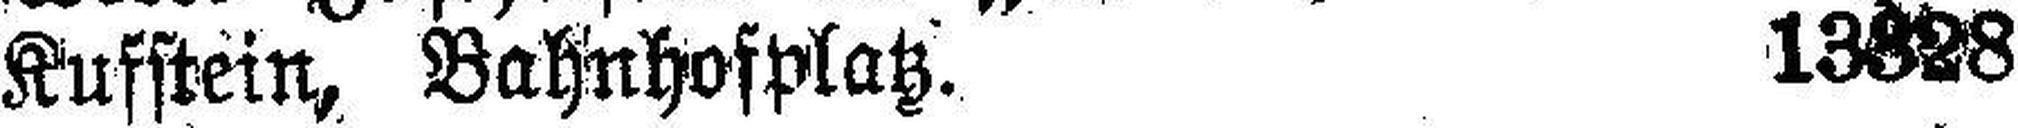
Kufstein, Bahnhofplatz. 13328